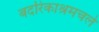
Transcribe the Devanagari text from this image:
बदरिकाश्रमचले